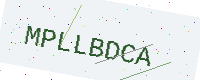
Text: MPLLBDCA